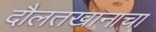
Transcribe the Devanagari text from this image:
दौलतखानाचा